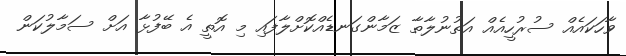
ވާހަކައެއް ސުރުހީއެއް އަތުނުލާތާ ޒަމާންގަނޑެއްކޮށްލާފައި މި އޮތީ އެ ބޭފުޅާ އަށް ސަމާލުކަން